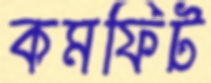
কমফিট